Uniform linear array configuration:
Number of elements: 4
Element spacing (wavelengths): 0.25
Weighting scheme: binomial
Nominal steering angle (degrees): -45
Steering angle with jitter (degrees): -43.322
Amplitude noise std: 0.05
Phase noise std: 0.05

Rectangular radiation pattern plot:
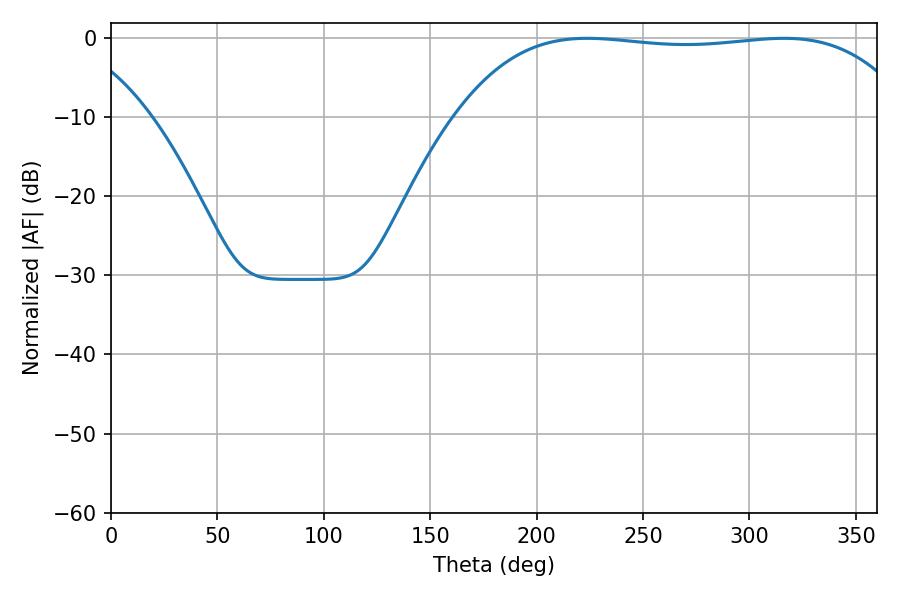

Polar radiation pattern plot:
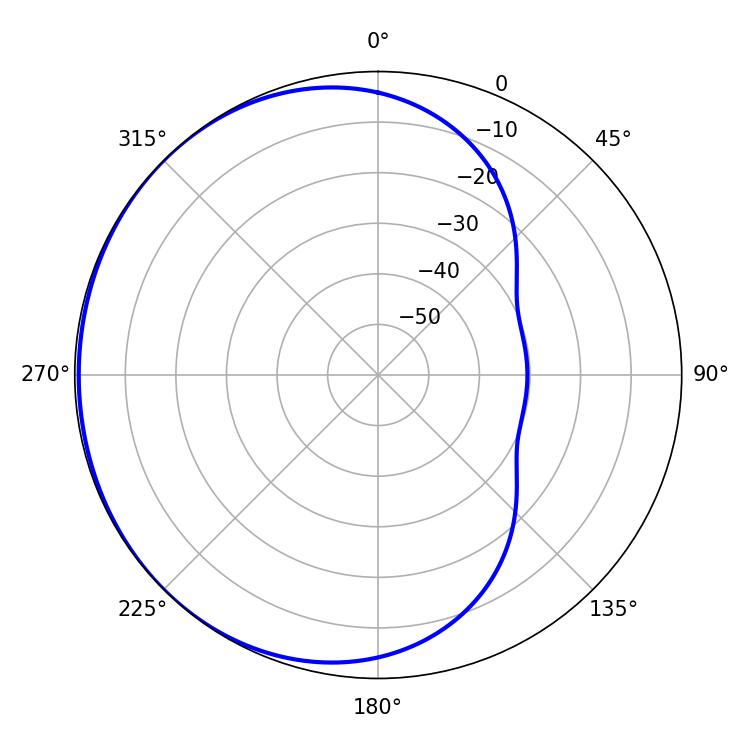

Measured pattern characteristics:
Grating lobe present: FALSE
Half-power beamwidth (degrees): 168.48
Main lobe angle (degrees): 223.74